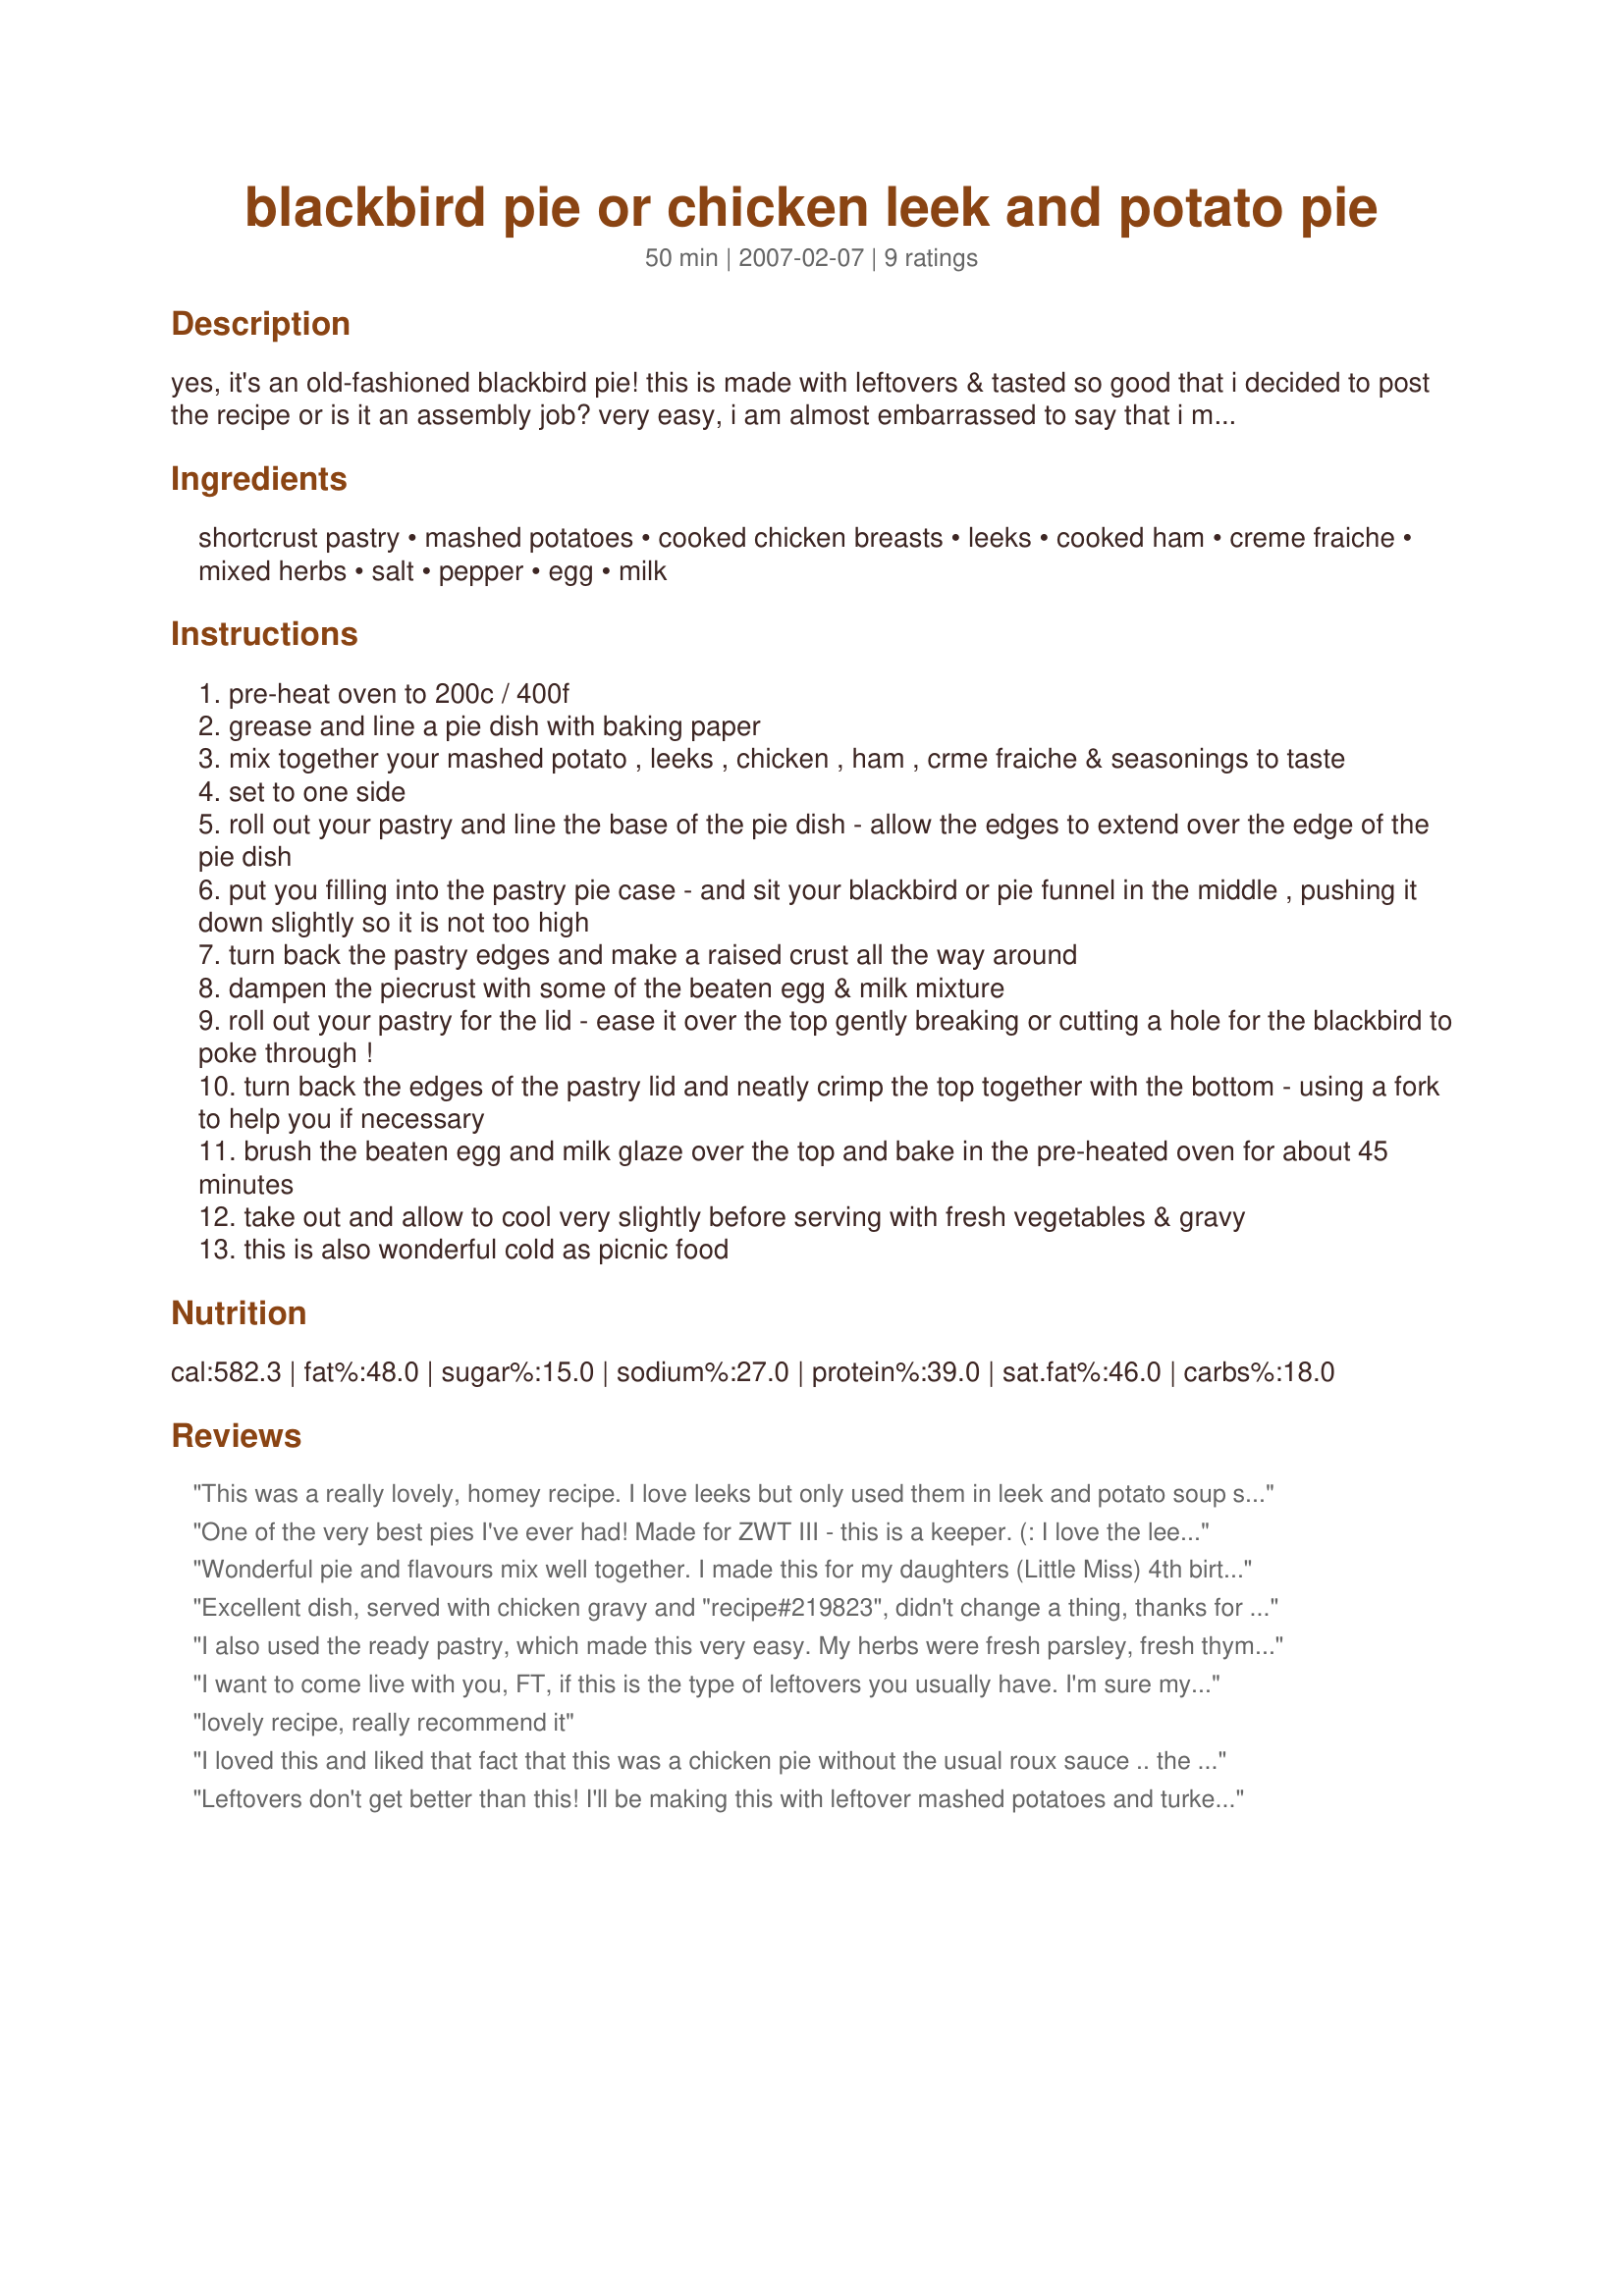
blackbird pie or chicken leek and potato pie
Preparation time: 50 minutes

yes, it's an old-fashioned blackbird pie! this is made with leftovers & tasted so good that i decided to post the recipe or is it an assembly job? very easy, i am almost embarrassed to say that i made it with ready-made pastry. well, it was after all a quick lunch with an assault on the fridge! this is what i found, mashed potato, cooked leeks & some cooked chicken breasts. there was an open packet of ham, and that completed the pie. the only vital item is a blackbird pie funnel, oh yes & some ready-made pastry & leftovers.

Ingredients:
shortcrust pastry, mashed potatoes, cooked chicken breasts, leeks, cooked ham, creme fraiche, mixed herbs, salt, pepper, egg, milk

Steps:
pre-heat oven to 200c / 400f
grease and line a pie dish with baking paper
mix together your mashed potato , leeks , chicken , ham , crme fraiche & seasonings to taste
set to one side
roll out your pastry and line the base of the pie dish - allow the edges to extend over the edge of the pie dish
put you filling into the pastry pie case - and sit your blackbird or pie funnel in the middle , pushing it down slightly so it is not too high
turn back the pastry edges and make a raised crust all the way around
dampen the piecrust with some of the beaten egg & milk mixture
roll out your pastry for the lid - ease it over the top gently breaking or cutting a hole for the blackbird to poke through !
turn back the edges of the pastry lid and neatly crimp the top together with the bottom - using a fork to help you if necessary
brush the beaten egg and milk glaze over the top and bake in the pre-heated oven for about 45 minutes
take out and allow to cool very slightly before serving with fresh vegetables & gravy
this is also wonderful cold as picnic food

Reviews:
This was a really lovely, homey recipe. I love leeks but only used them in leek and potato soup so happy to have another leek recipe. Thanks!
One of the very best pies I've ever had! Made for ZWT III - this is a keeper. (: I love the leeks in this. I used chicken cooked on the barbie and it added a nice dimension. Thanks, Frenchie. (:
Wonderful pie and flavours mix well together. I made this for my daughters (Little Miss) 4th birthday luncheon. I omitted the ham and substituted the cream for lactose free cream. The herbs I used were dried parsley, lemon pepper and coriander powder. I had enough filling to make two pies, I also cheated and used ready-made shortcrust pastry (which was great for a time saver). The blackbird was a talking point on the table as well as a great homemade pie. Served it with Australian Tomato Sauce. Thank you French Tart for a great recipe and the cuties blackbird.
Excellent dish, served with chicken gravy and "recipe#219823", didn't change a thing, thanks for posting.
I also used the ready pastry, which made this very easy. My herbs were fresh parsley, fresh thyme, and some dried savory. It was enjoyed by all. The blackbird was quite a conversation piece. Thanks for sharing your lovely pie recipe.
I want to come live with you, FT, if this is the type of leftovers you usually have. I'm sure my husband would agree. I really wish I could give this 4 and a half stars, because it really is good, but DD (5yo) turned her nose up at it. She has some of the weirdest tastes, though. I loved it, my potato loving hubby loved it, my roommate loved it. Both boys were confused though, they thought it was dessert! I am SO glad I finally have gotten to use my pie bird! It makes a sweet decoration, but really wanted to be used. Thank you, FT - delicious dinner.
lovely recipe, really recommend it
I loved this and liked that fact that this was a chicken pie without the usual roux sauce .. the filling was tasty and it was easy to make. In fact the hardest part was Step 7, "cutting a hole for the blackbird to go though'... trying to get any of the neighbourhood blackbirds to co operate was a task not easily achieved, I can tell you! Oddly enough not one was willing to get into the oven and they got into a right flap about it so I dispensed with that bit of the recipe in the end. Sadly my Dh doesn't care for chicken, potato or pastry much ( what planet does he come from not to recognise comfort food when he sees it?) so his rating would have been lower but he asked to have it discounted this time since I obviously enjoyed mine so much. Please see my rating system: 4 lovely stars for a real comfort food meal that I liked very much indeed. Thnnks FT!
Leftovers don't get better than this! I'll be making this with leftover mashed potatoes and turkey at Christmas. I made a few minor changes. I used italian rosemary ham and only 3 leeks, so a bit more potatoes. I used tarragon and sage for the herbs. Thank you for another wonderful recipe, FT. I only wish I had a pie bird :)
